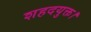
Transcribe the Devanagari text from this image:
शहदयुक्त।